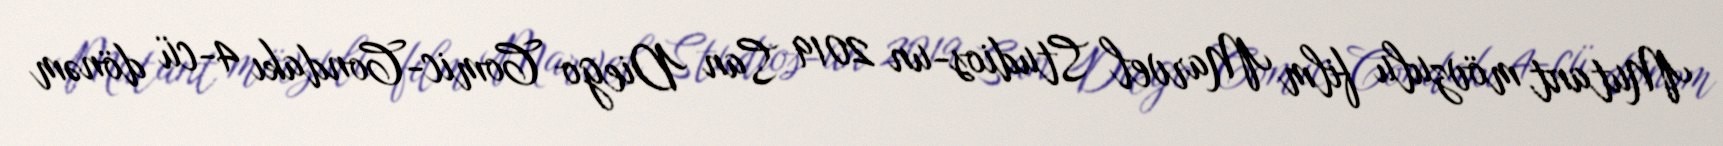
Mutant mövzulu film Marvel Studios-un 2019 San Diego Comic-Condakı 4-cü dönəm